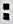
: 04/12/17 5:06 PM